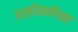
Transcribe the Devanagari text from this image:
अस्थिकणिका